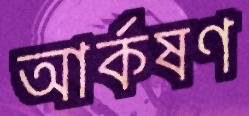
আর্কষণ